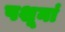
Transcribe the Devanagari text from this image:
पशूनां